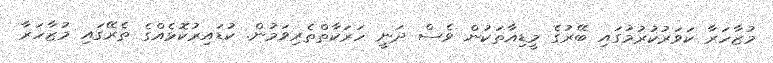
މުޒާހަރާ ކަވަރުކުރުމުގައި ބޭރުގެ މީޑިއާތަކުން ވެސް ދަނީ ހަރަކާތްތެރިވަމުން. ކުޑައިރުކޮޅެއްގެ ތެރޭގައި މުޒާހަރާ